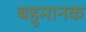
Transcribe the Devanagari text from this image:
बहुमानक